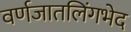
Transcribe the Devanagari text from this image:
वर्णजातलिंगभेद